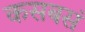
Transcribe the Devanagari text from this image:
कसबसं